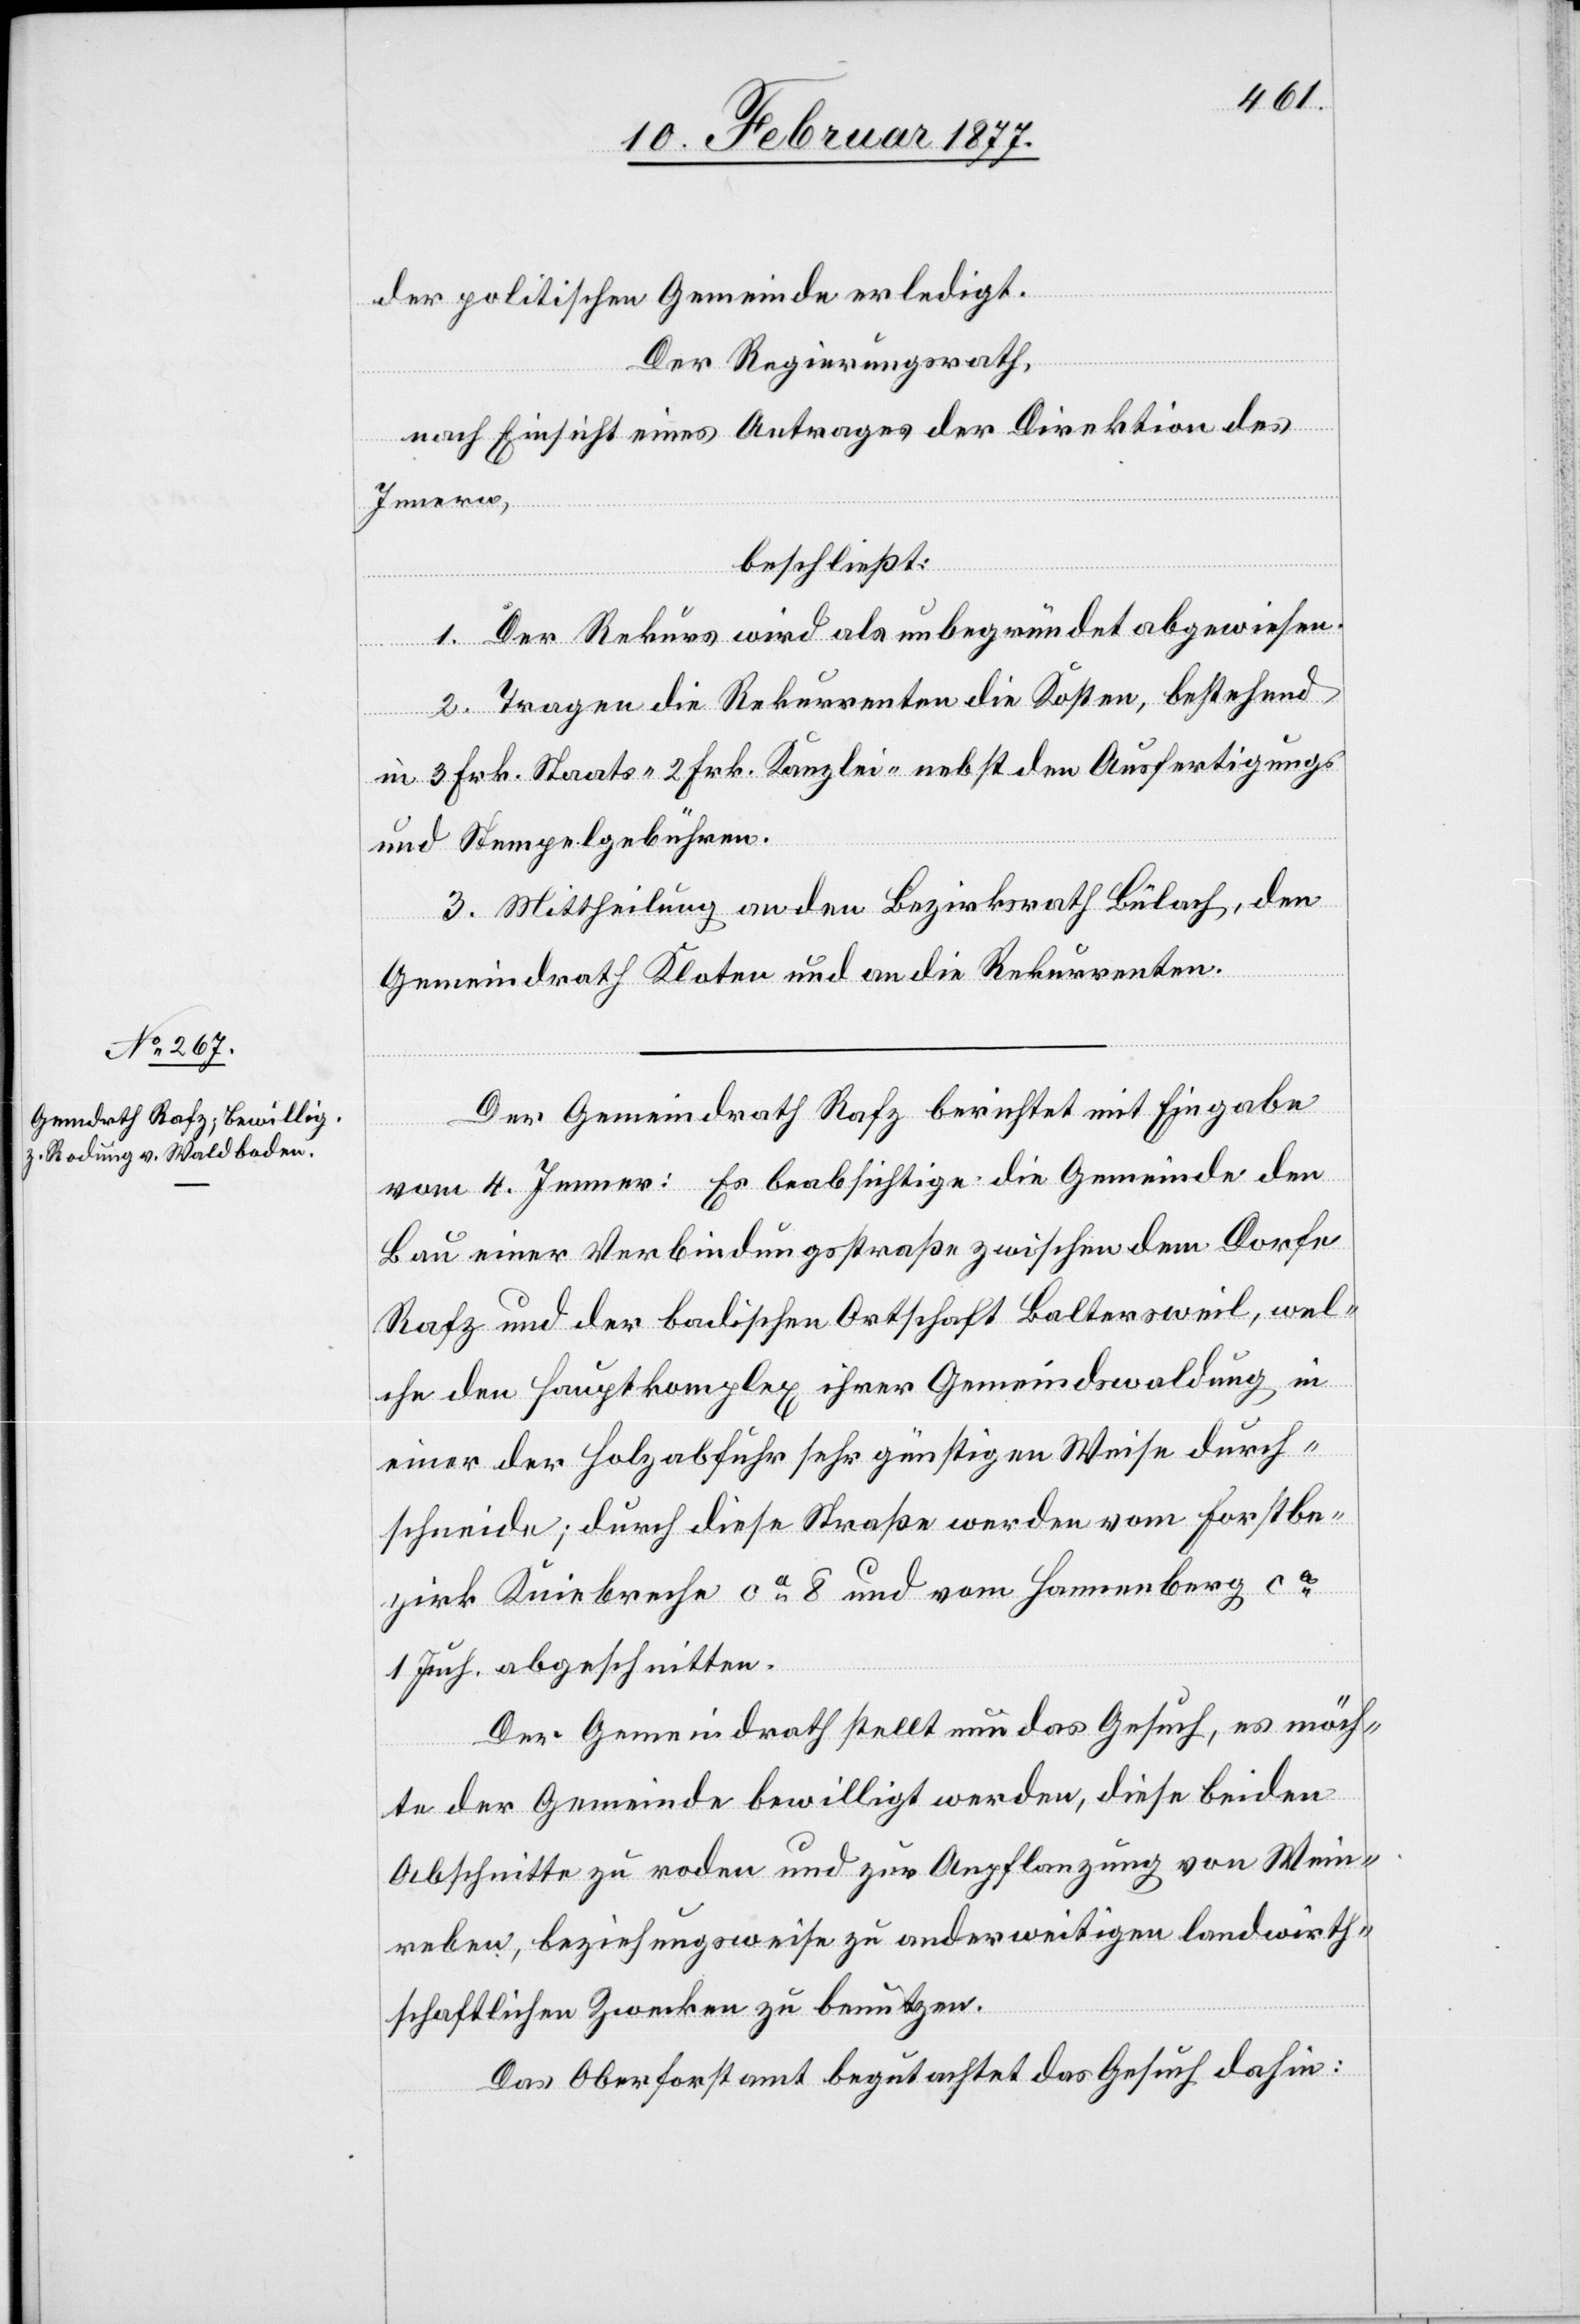
Der Gemeindrath Rafz berichtet mit Eingabe
vom 4. Jenner: Es beabsichtige die Gemeinde den
Bau einer Verbindungsstraße zwischen dem Dorfe
Rafz und der badischen Ortschaft Baltersweil, wel¬
che den Hauptkomplex ihrer Gemeindswaldung in
einer der Holzabfuhr sehr günstigen Weise durch¬
schneide; durch diese Straße werden vom Forstbe¬
zirk Kniebreche ca 8 und von Hannenberg ca
1 Juch. abgeschnitten.
Der Gemeindrath stellt nun das Gesuch, es möch¬
te der Gemeinde bewilligt werden, diese beiden
Abschnitte zu roden und zur Anpflanzung von Wein¬
reben, beziehungsweise zu anderweitigen landwirth¬
schaftlichen Zwecken zu benutzen.
Das Oberforstamt begutachtet das Gesuch dahin: